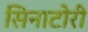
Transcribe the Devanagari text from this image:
सिनाटोरी